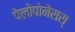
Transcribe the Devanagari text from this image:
पेलोपोनेसस्‌